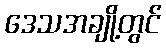
ဒေသအချို့တွင်